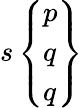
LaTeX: s\left\{ {\begin{array}{l}{p}\\ {q}\\ {q}\end{array}}\right\}